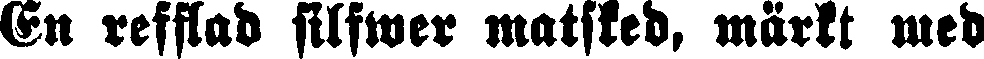
En refflad silfwer matsked, märkt med